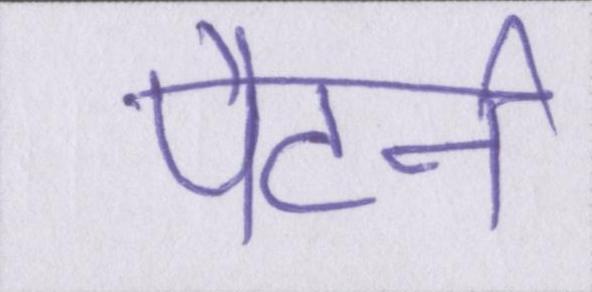
पैटर्न